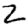
Digit: 2